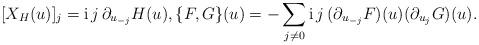
LaTeX: \begin{align*}[X_H(u)]_j=\mathrm{i}\,j\,\partial_{u_{-j}} H(u), \{ F, G \}(u)=-\sum_{j\neq 0} \mathrm{i}\,j\,(\partial_{u_{-j}} F)(u)(\partial_{u_j} G)(u).\end{align*}